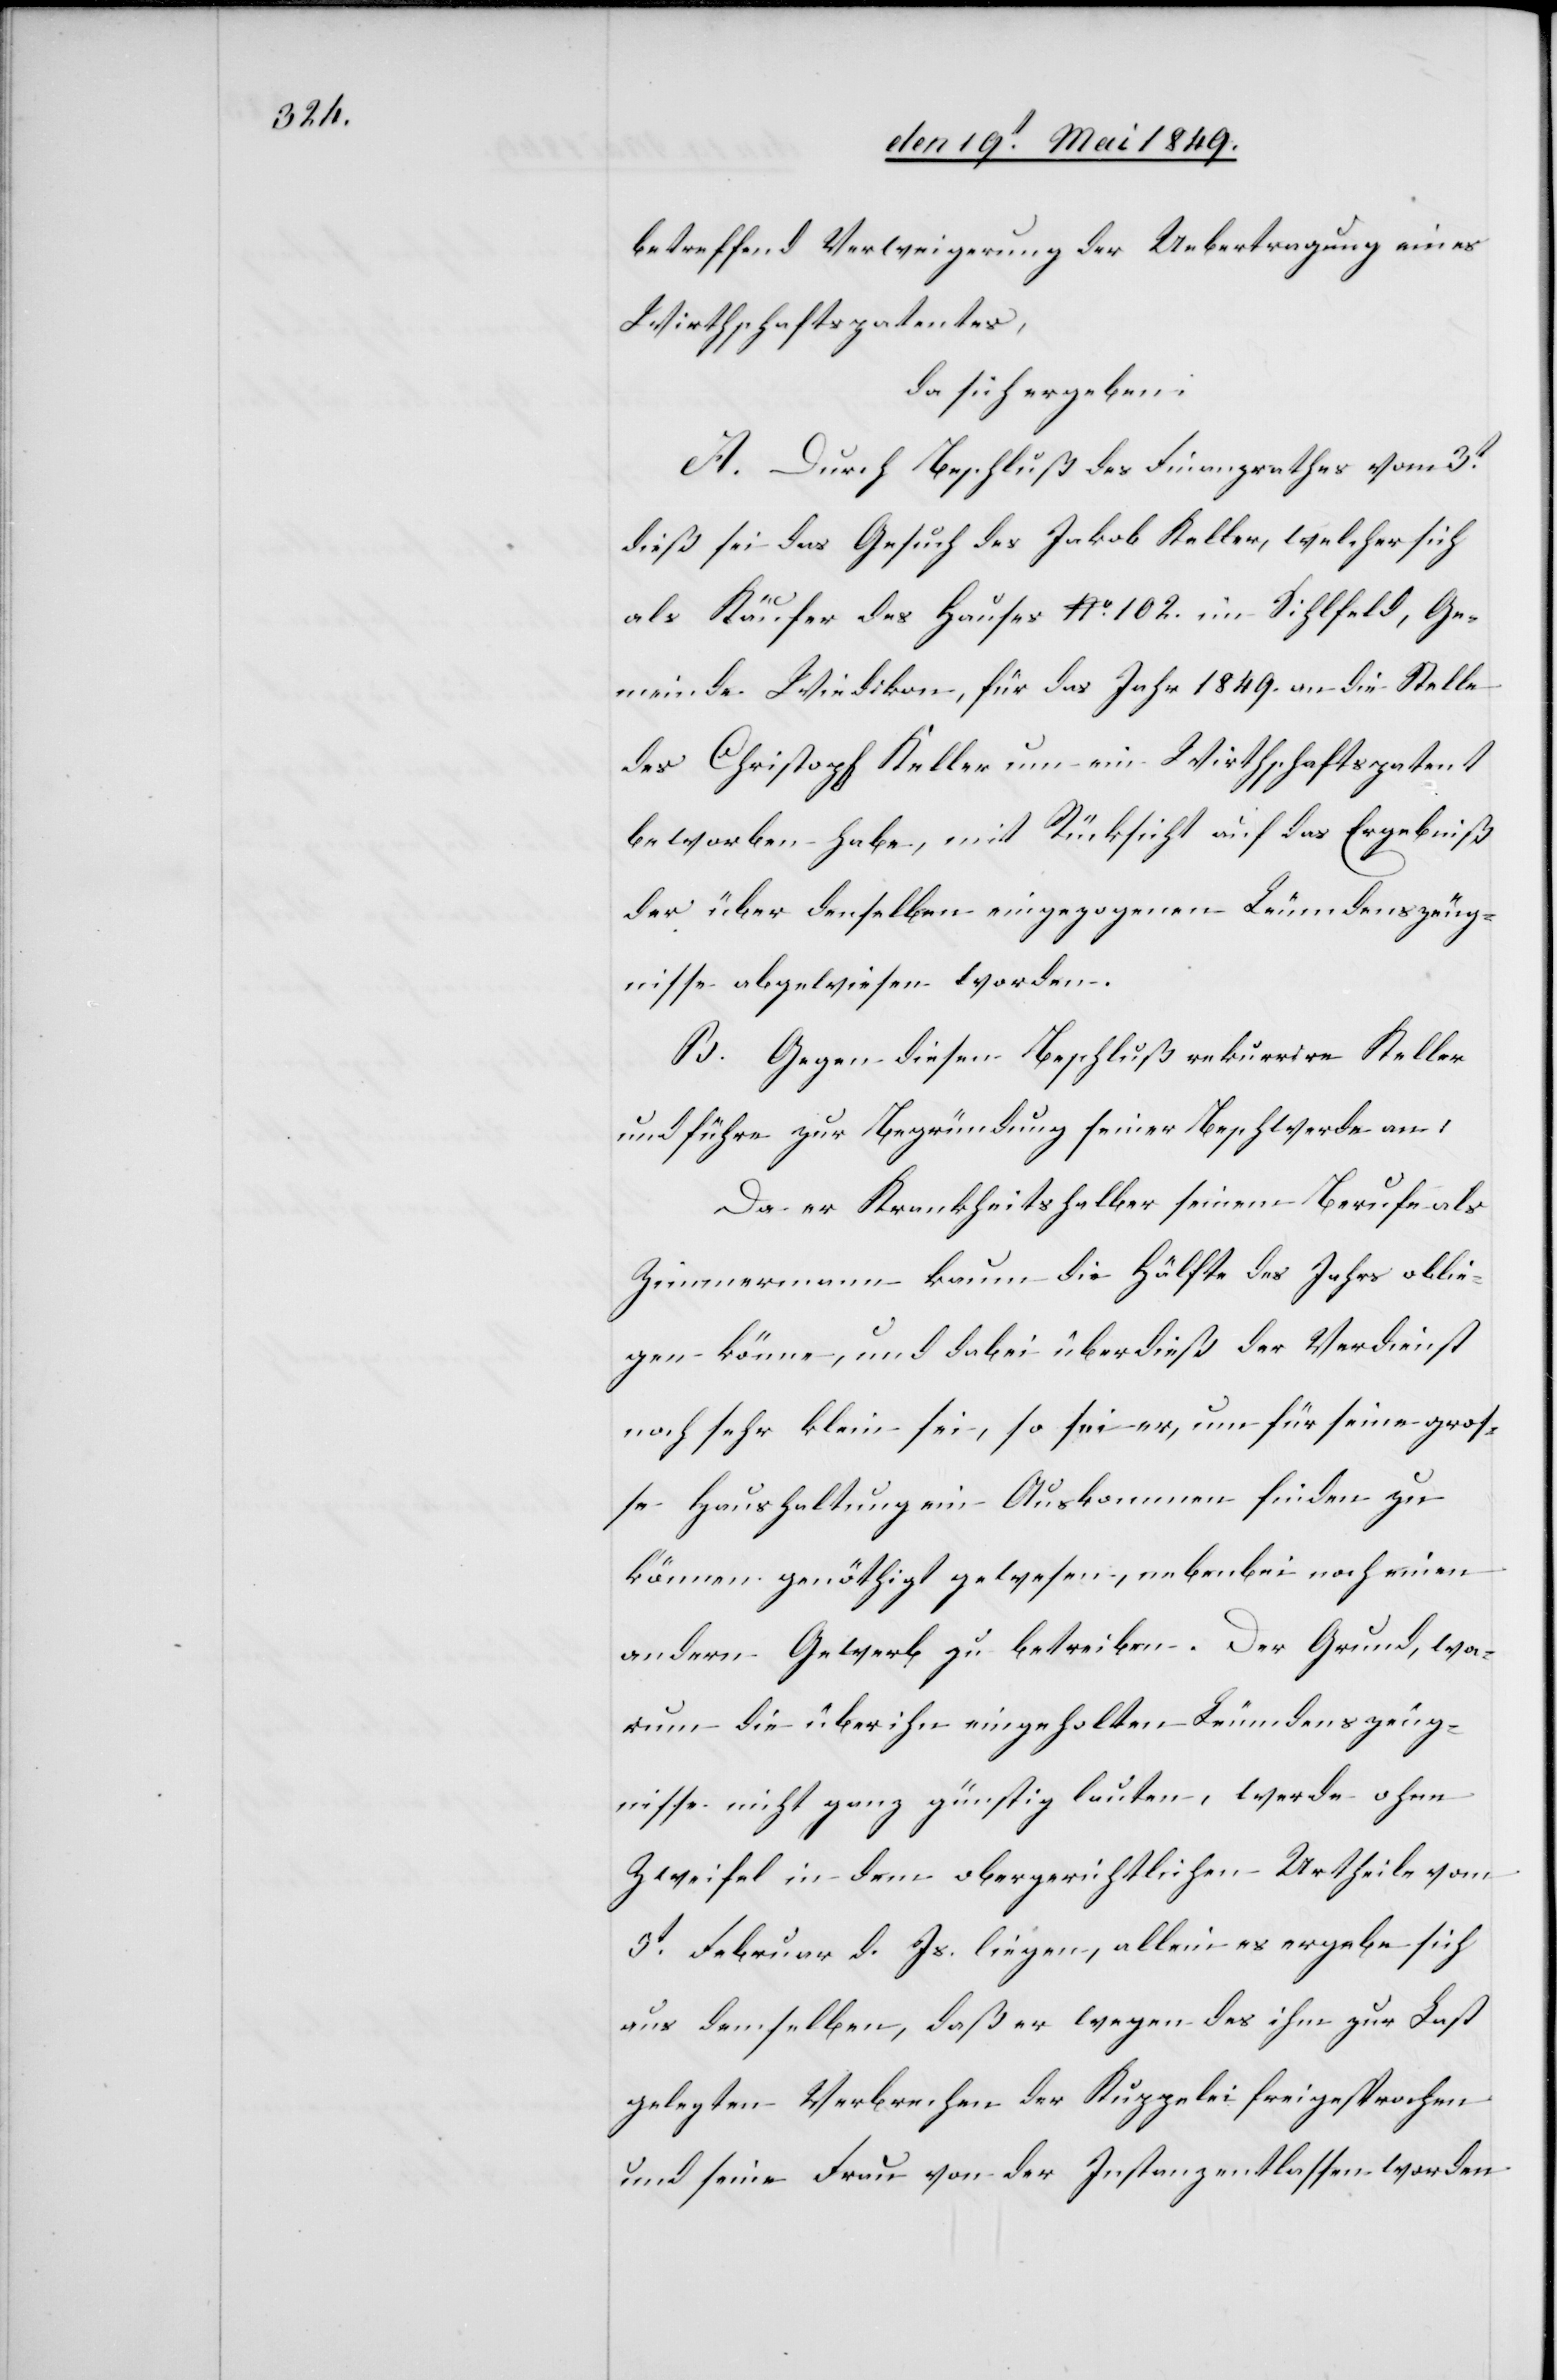
betreffend Verweigerung der Uebertragung eines
Wirthschaftspatentes,
da sich ergeben:
A. Durch Beschluß des Finanzrathes vom 3t
dieß sei das Gesuch des Jakob Keller, welcher sich
als Käufer des Hauses No. 102. im Sihlfeld, Ge¬
meinde Wiedikon, für das Jahr 1849. an die Stelle
des Christoph Keller um ein Wirthschaftspatent
beworben habe, mit Rücksicht auf das Ergebniß
der über denselben eingezogenen Leumdenszeug¬
nisse abgewiesen worden.
B. Gegen diesen Beschluß rekurrire Keller
und führe zur Begründung seiner Beschwerde an:
Da er Krankheitshalber seinem Berufe als
Zimmermann kaum die Hälfte des Jahrs oblie¬
gen könne, und dabei überdieß der Verdienst
noch sehr klein sei, so sei er, um für seine gros¬
se Haushaltung ein Auskommen finden zu
können genöthigt gewesen, nebenbei noch einen
andern Gewerb zu betreiben. Der Grund, wo¬
rum die über ihn eingeholten Leumdenszeug¬
nisse nicht ganz günstig lauten, werde ohne
Zweifel in dem obergerichtlichen Urtheile vom
3t Februar d. Js. liegen, allein es ergeben sich
aus demselben, daß er wegen des ihm zur Last
gelegten Verbrechen der Kuppelei freigesprochen
und seine Frau von der Instanz entlassen worden